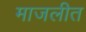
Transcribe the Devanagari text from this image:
माजलीत